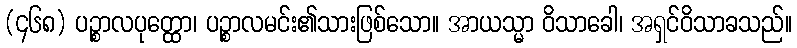
(၄၆၈) ပဉ္စာလပုတ္ထော၊ ပဉ္စာလမင်း၏သားဖြစ်သော။ အာယသ္မာ ဝိသာခေါ၊ အရှင်ဝိသာခသည်။